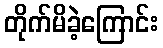
တိုက်မိခဲ့ကြောင်း